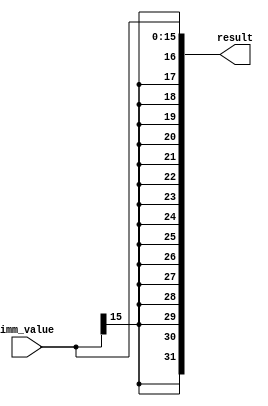
module sign_extent (
    input [15:0] imm_value,
    output [31:0] result
);
//16 32 , sign  
    assign result = {{16{imm_value[15]}}, imm_value[15:0]};
endmodule